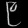
Digit: ၉